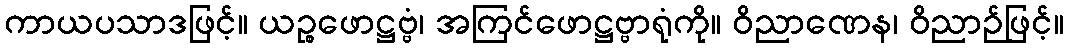
ကာယပသာဒဖြင့်။ ယဉ္စဖောဋ္ဌဗ္ဗံ၊ အကြင်ဖောဋ္ဌဗ္ဗာရုံကို။ ဝိညာဏေန၊ ဝိညာဉ်ဖြင့်။